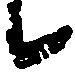
候